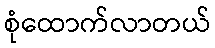
စုံထောက်လာတယ်